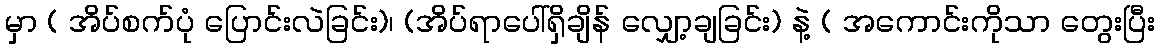
မှာ ( အိပ်စက်ပုံ ပြောင်းလဲခြင်း)၊ (အိပ်ရာပေါ်ရှိချိန် လျှော့ချခြင်း) နဲ့ ( အကောင်းကိုသာ တွေးပြီး